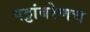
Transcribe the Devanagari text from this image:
पट्टांबरेणच